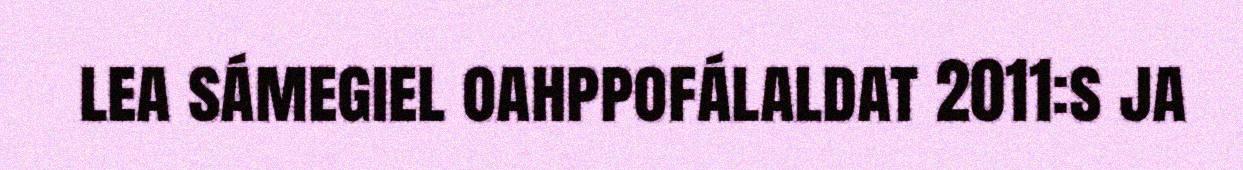
lea sámegiel oahppofálaldat 2011:s ja